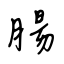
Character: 腸